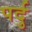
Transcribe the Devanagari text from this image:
पर्दु